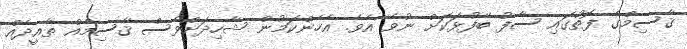
ޤާސިމްގެ ފޮތުގައި ސާފު ބޭފުޅަކަށް ނުވެ އެވެ. އެހެންކަމުން ޝާހިދަށްވެސް ޤާސިމެއް ތާއީދެއް